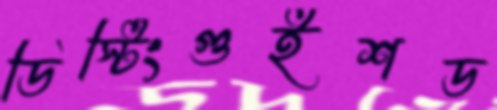
ডিস্টিংগুইশড